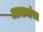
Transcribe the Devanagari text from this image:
आसवांचा